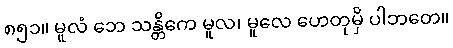
၈၅၁။ မူလံ ဘေ သန္တိကေ မူလ၊ မူလေ ဟေတုမှိ ပါဘတေ။